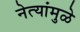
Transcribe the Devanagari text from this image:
नेत्यांमुळे